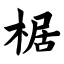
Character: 椐